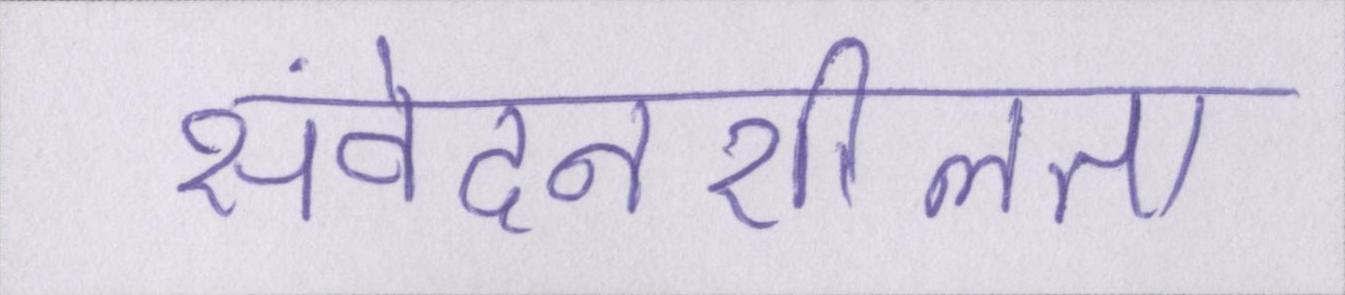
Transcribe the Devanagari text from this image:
संवेदनशीलता